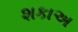
શકાઅ